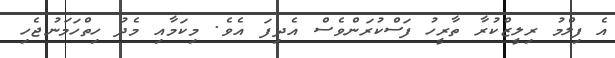
އެ ފިލްމު ރިލީޒްކުރާ ތާރީހު ފަސްކުރަންވެސް އެދިފަ އެވެ. މިކަމާއި މެދު ހިތްހަމަނުޖެހި